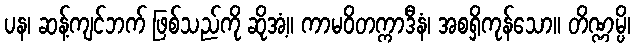
ပန၊ ဆန့်ကျင်ဘက် ဖြစ်သည်ကို ဆိုအံ့။ ကာမဝိတက္ကာဒီနံ၊ အစရှိကုန်သော။ တိဏ္ဏမ္ပိ၊